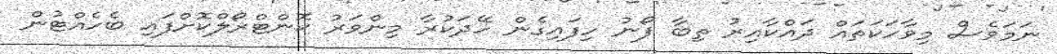
ނަމަވެސް މިވާހަކަތައް ދައްކާއިރު ތިބާ ފޯނު ހިފައިގެން ހޭދަކުރާ މިންވަރު ކޮންޓްރޯލްކޮށްފައި ބެހެއްޓުން